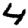
Digit: 4